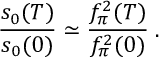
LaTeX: \frac { s _ { 0 } ( T ) } { s _ { 0 } ( 0 ) } \simeq \frac { f _ { \pi } ^ { 2 } ( T ) } { f _ { \pi } ^ { 2 } ( 0 ) } \; .